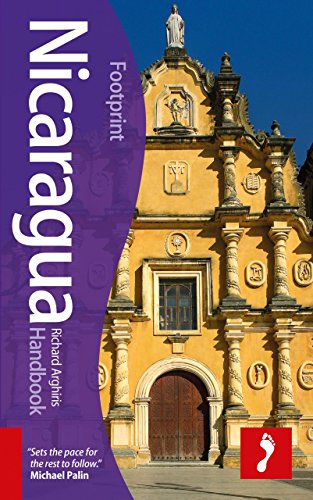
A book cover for Nicaragua Handbook (Footprint - Handbooks); Richard Arghiris; Travel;